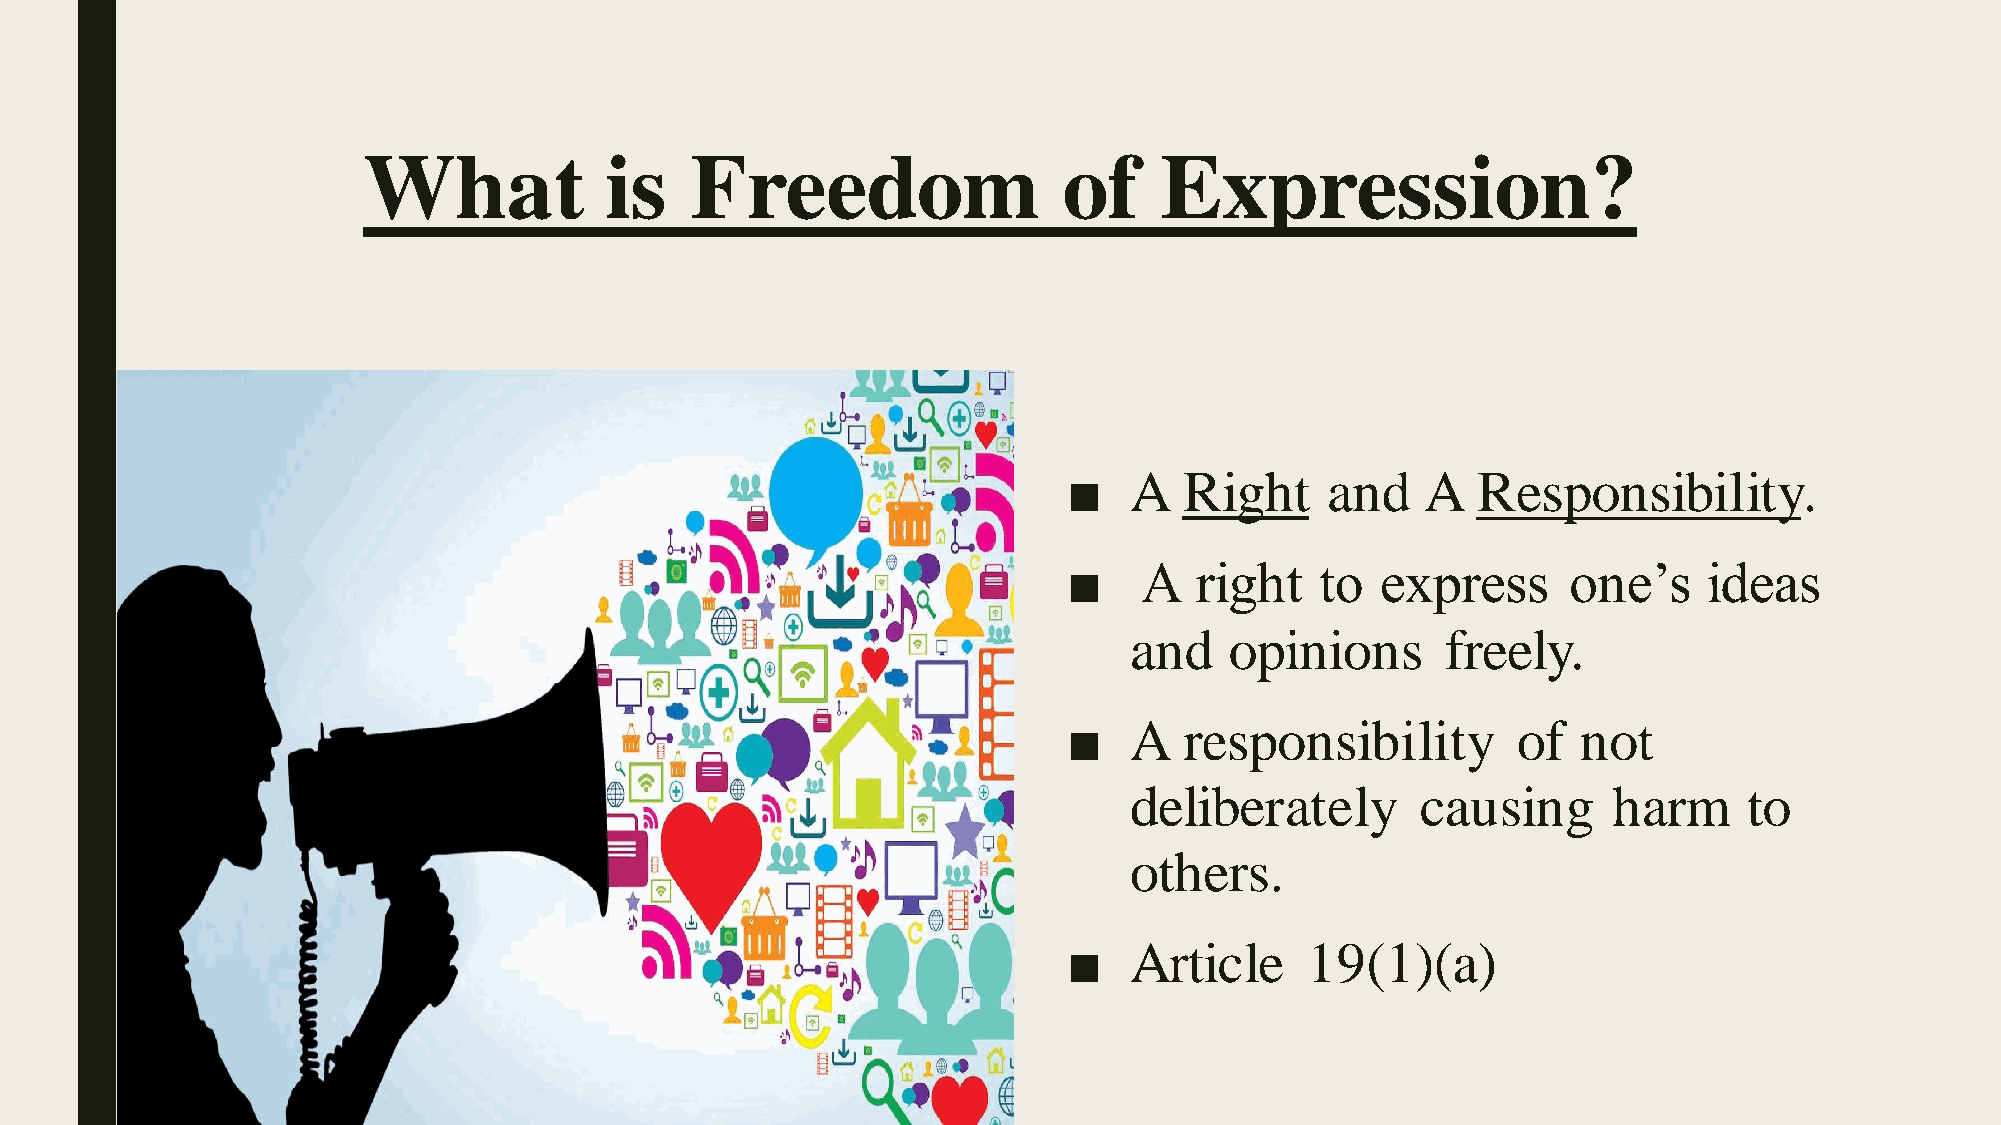
What            is    Freedom                 of     Expression?
 ■   A  Right     and   A   Responsibility.
 ■    A  right   to  express      one’s    ideas
 and   opinions       freely.
 ■   A  responsibility        of   not
 deliberately       causing      harm     to
 others.
 ■   Article    19(1)(a)